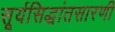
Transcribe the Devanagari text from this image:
सूर्यसिद्धांतसारणी